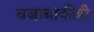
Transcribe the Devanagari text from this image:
वजाबाकीही